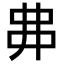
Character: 丳